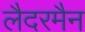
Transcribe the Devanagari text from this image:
लैदरमैन